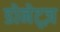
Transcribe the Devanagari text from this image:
डोनेट्ज़